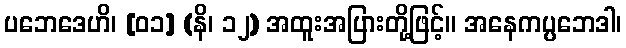
ပဘေဒေဟိ၊ [၀၁] (နိ၊ ၁၂) အထူးအပြားတို့ဖြင့်။ အနေကပ္ပဘေဒါ၊